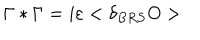
\Gamma * \Gamma = i \varepsilon < \delta _ { B R S } O >